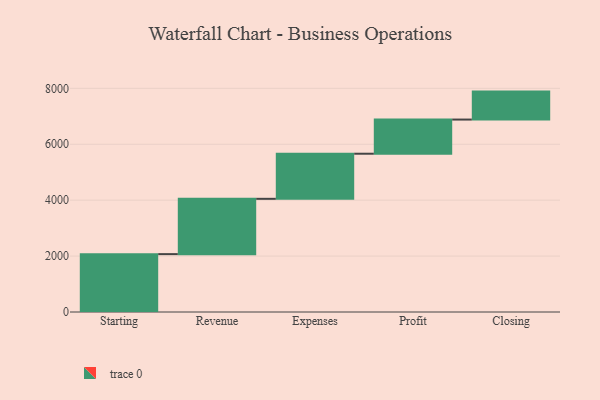
{"axis": {"x": "Step", "y": "Value"}, "legend": [""], "data": [{"x": "Starting", "y": 2070.0, "type": ""}, {"x": "Revenue", "y": 1978.0, "type": ""}, {"x": "Expenses", "y": 1613.0, "type": ""}, {"x": "Profit", "y": 1222.0, "type": ""}, {"x": "Closing", "y": 1000, "type": ""}]}